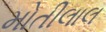
મોતીલાલ